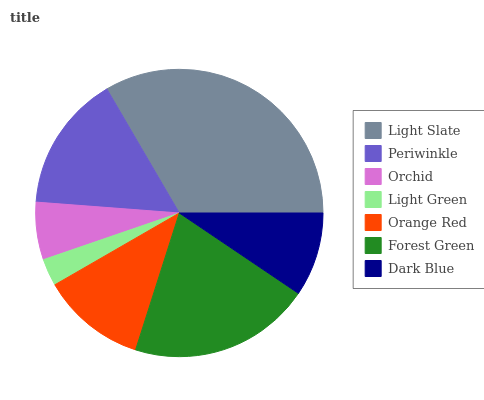
| Light Slate | Periwinkle | Orchid | Light Green | Orange Red | Forest Green | Dark Blue |
 | --- | --- | --- | --- | --- | --- | --- |
 | 33.4% | 15.4% | 6.46% | 3.07% | 11.8% | 20.5% | 9.45% |